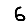
Digit: 6